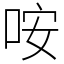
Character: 咹